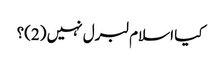
کیا اسلام لبرل نہیں (2)؟